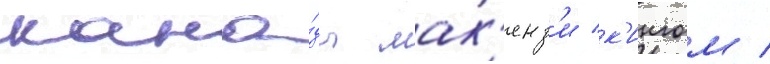
кана́ды мак'енз'и к'ингом /